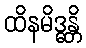
ထိနမိဒ္ဓန္တိ